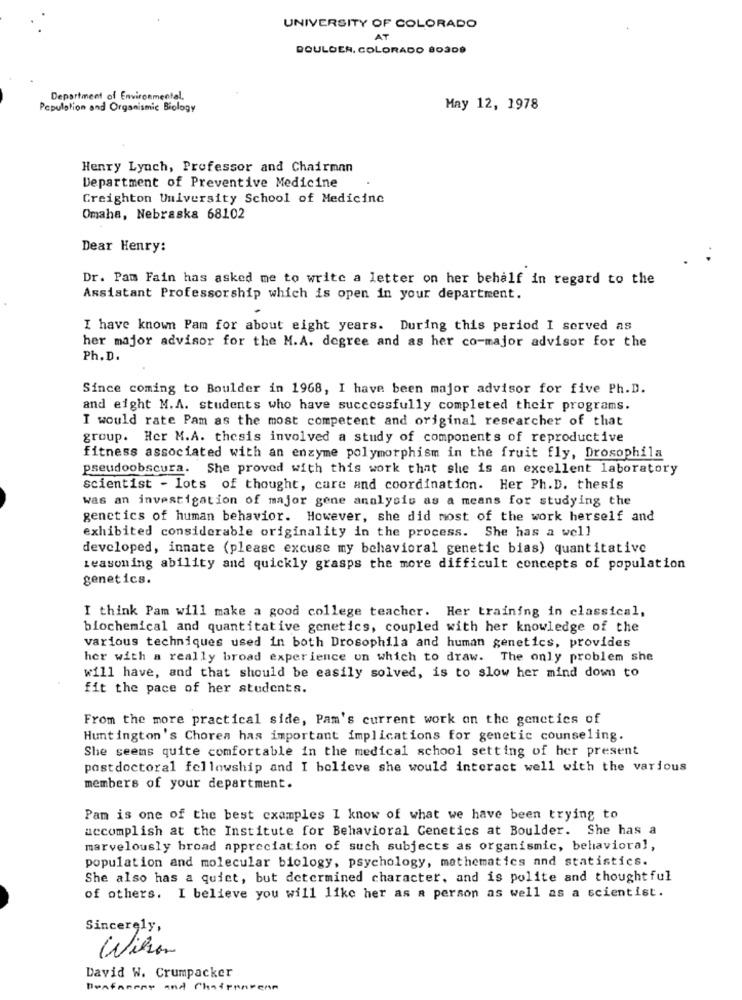
UNIVERSITY OF COLORADO
AT
BOULDER, COLORADO 80309
Department of Environmental,
Population and Organismic Biology
May 12, 1978
Henry Lynch, Professor and Chairman
Department of Preventive Medicine
Creighton University School of Medicine
Omaha, Nebraska 68102
Dear Henry:
Dr. Pam Fain has asked me to write a letter on her behalf in regard to the
Assistant Professorship which is open in your department.
I have known Pam for about eight years. During this period I served as
her major advisor for the M.A. degree and as her co-major advisor for the
Ph. D.
Since coming to Boulder in 1968, I have been major advisor for five Ph.D.
and eight M.A. students who have successfully completed their programs.
I would rate Pam as the most competent and original researcher of that
group. Her M.A. thesis involved a study of components of reproductive
fitness associated with an enzyme polymorphism in the fruit fly, Drosophila
pseudoobscura. She proved with this work that she is an excellent laboratory
scientist - lots of thought, care and coordination. Her Ph.D. thesis
was an investigation of major gene analysis as a means for studying the
genetics of human behavior. However, she did most of the work herself and
exhibited considerable originality in the process. She has a well
developed, innate (please excuse my behavioral genetic bias) quantitative
reasoning ability and quickly grasps the more difficult concepts of population
genetics.
I think Pam will make a good college teacher. Her training in classical,
biochemical and quantitative genetics, coupled with her knowledge of the
various techniques used in both Drosophila and human genetics, provides
her with a really broad experience un which to draw. The only problem she
will have, and that should be easily solved, is to slow her mind down to
fit the pace of her students.
From the more practical side, Pam's current work on the genetics of
Huntington's Chores has important implications for genetic counseling.
She seems quite comfortable in the medical school setting of her present
postdoctoral fellowship and I believe she would interact well with the various
members of your department.
Pam is one of the best examples I know of what we have been trying to
accomplish at the Institute for Behavioral Genetics at Boulder. She has a
marvelously broad appreciation of such subjects as organismic, behavioral,
population and molecular biology, psychology, mathematics and statistics.
She also has a quiet, but determined character, and is polite and thoughtful
of others. I believe you will like her as a person as well as a scientist.
Sincerely,
Wilson
David W. Crumpacker
Benfanny and Chairenvenn